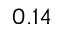
0 . 1 4